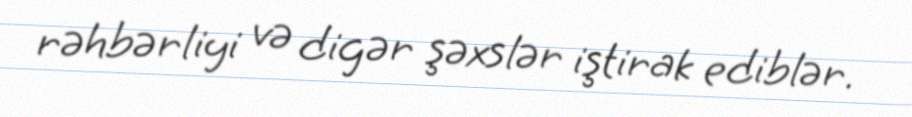
rəhbərliyi və digər şəxslər iştirak ediblər.